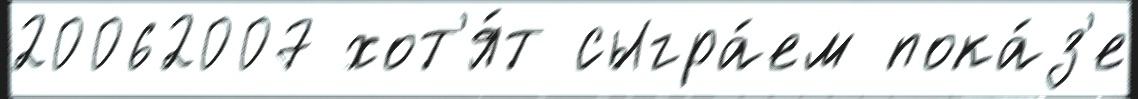
20062007 хот'я́т сыгра́ем пока́з'е